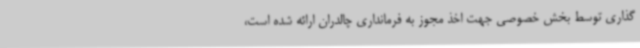
گذاری توسط بخش خصوصی جهت اخذ مجوز به فرمانداری چالدران ارائه شده است،